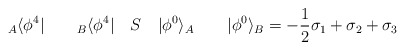
\begin{align*}{}_A\langle\phi^4| \qquad {}_B\langle\phi^4| \quad S \quad|\phi^0\rangle_A \qquad |\phi^0\rangle_B =-\frac{1}{2}\sigma_1 + \sigma_2 +\sigma_3\end{align*}